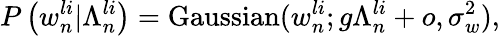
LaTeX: P\left(w_{n}^{li}|\Lambda_{n}^{li}\right)=\mathrm{Gaussian}(w_{n}^{li};g\Lambda_{n}^{li}+o,\sigma_{w}^{2}),